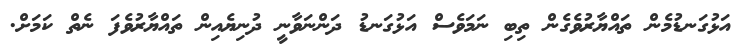
އަޅުގަނޑުމެން ތައްޔާރުވެގެން ތިބި ނަމަވެސް އަޅުގަނޑު ދަންނަވާނީ ދުނިޔެއިން ތައްޔާރުވެފަ ނެތް ކަމަށް.